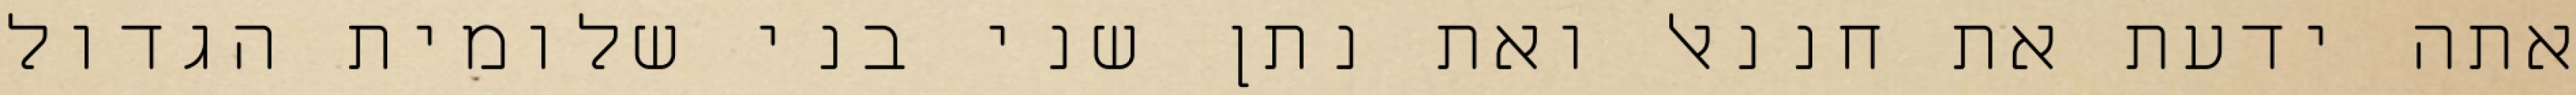
אתה ידעת את חננאל ואת נתן שני בני שלומית הגדול